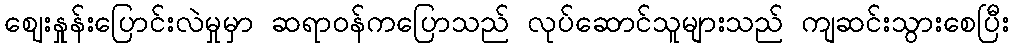
ဈေးနှုန်းပြောင်းလဲမှုမှာ ဆရာဝန်ကပြောသည် လုပ်ဆောင်သူများသည် ကျဆင်းသွားစေပြီး